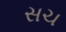
સચ